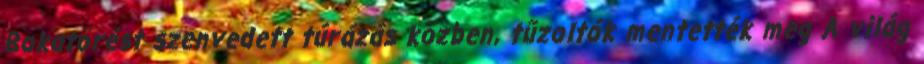
Bokatörést szenvedett túrázás közben, tűzoltók mentették meg A világ